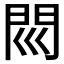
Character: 𨳖